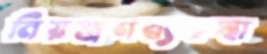
নিয়ন্ত্রণব্যবস্থা